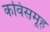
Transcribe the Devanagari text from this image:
कविसमूह